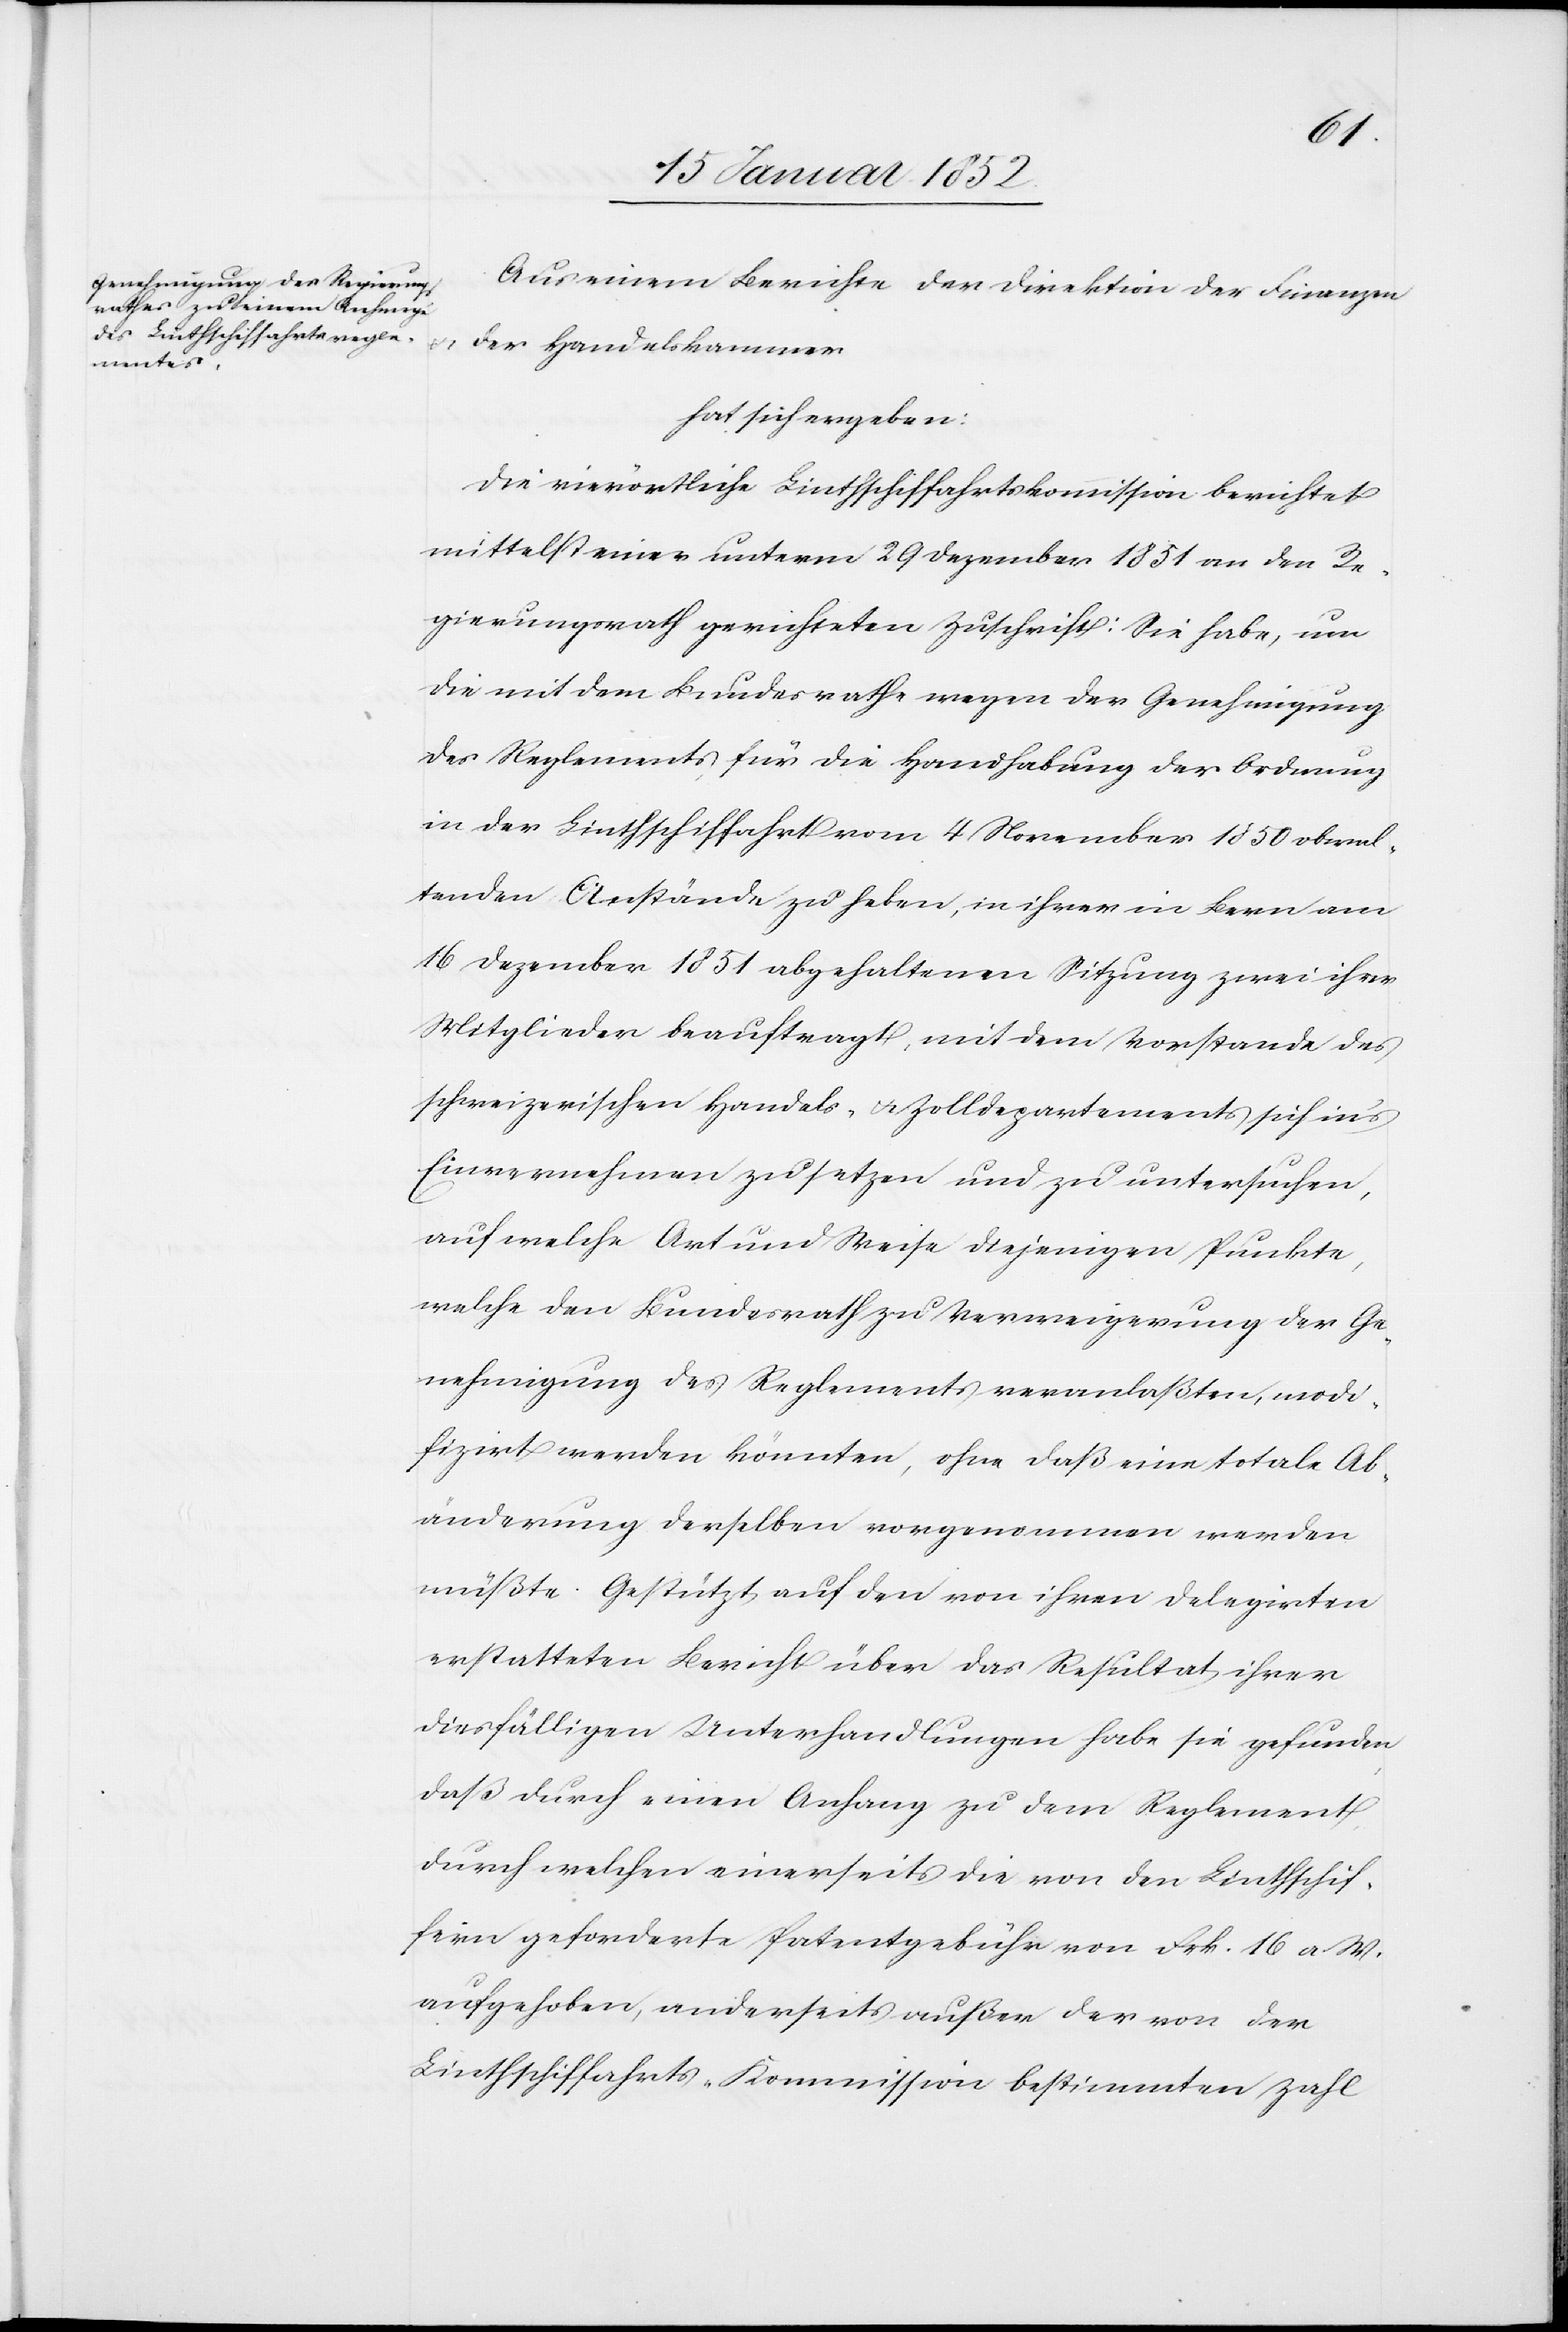
Aus einem Berichte der Direktion der Finanzen
u.
der Handelskammer
hat sich ergeben:
Die vierörtliche Linthschiffahrtskommission berichtet
mittelst einer unterm 29 Dezember 1851 an den Re¬
gierungsrath gerichteten Zuschrift: Sie habe, um
die mit dem Bundesrathe wegen der Genehmigung
des Reglements, für die Handhabung der Ordnung
in der Linthschiffahrt vom 4 November 1850 obwal¬
tenden Anstände zu heben, in ihrer in Bern am
16 Dezember 1851 abgehaltenen Sitzung zwei ihrer
Mitglieder beauftragt, mit dem Vorstande des
schweizerischen Handes- u. Zolldepartement sich in’s
Einvernehmen zu setzen und zu untersuchen,
auf welche Art und Weise diejenigen Punkte,
welche den Bundesrath zu Verweigerung der Ge¬
nehmigung des Reglements veranlaßten, modi¬
fizirt werden könnten, ohne daß eine totale Ab¬
änderung derselben vorgenommen werden
müßte. Gestützt auf den von ihren Delegirten
erstatteten Bericht über das Resultat ihrer
diesfälligen Unterhandlungen habe sie gefunden
daß durch einen Anhang zu dem Reglement
durch welchen einerseits die von den Linthschif¬
fern gesonderte Patentgebühr von Frk. 16 a W.
aufgehoben, anderseits außer der von der
Linthschiffahrts-Kommission bestimmten Zahl